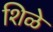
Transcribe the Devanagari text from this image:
शिळे